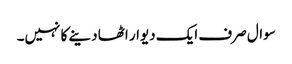
سوال صرف ایک دیوار اٹھا دینے کا نہیں۔